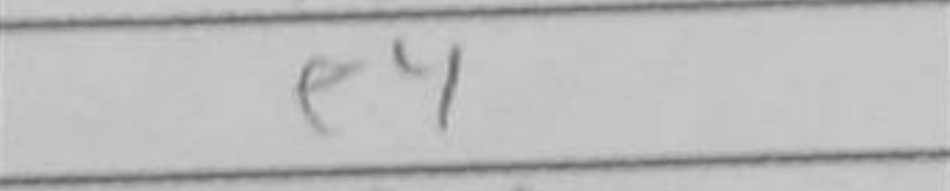
Transcription: e4